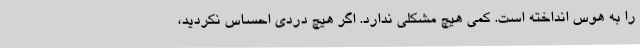
را به هوس انداخته است. کمی هیچ مشکلی ندارد. اگر هیچ دردی احساس نکردید،